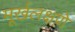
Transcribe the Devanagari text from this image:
मूर्खलक्षणे